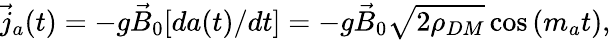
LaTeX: \begin{array}{r}{\vec{j}_{a}(t)=-g\vec{B}_{0}[da(t)/dt]=-g\vec{B}_{0}\sqrt{2\rho_{DM}}\cos{(m_{a}t)},}\end{array}